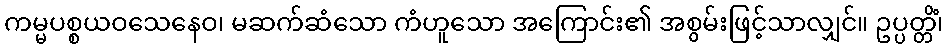
ကမ္မပစ္စယဝသေနေဝ၊ မဆက်ဆံသော ကံဟူသော အကြောင်း၏ အစွမ်းဖြင့်သာလျှင်။ ဥပ္ပတ္တိံ၊